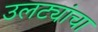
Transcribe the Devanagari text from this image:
उलट्यांचा